Bulletin of the Pasteur Institute of Southern India, Coonoor - No. 3.
Year: 1910
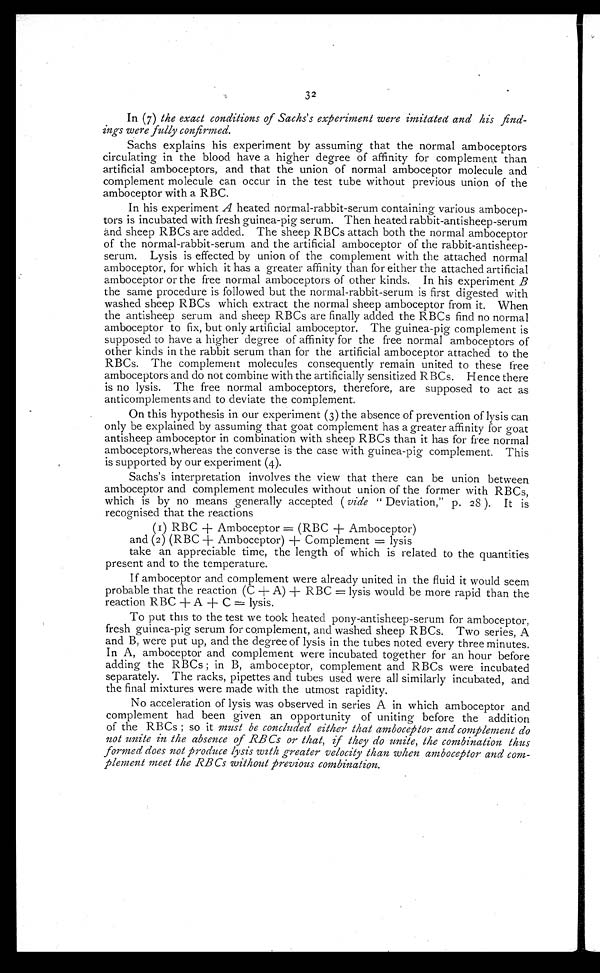
3 2
In (7) Me exact conditions of Sachs's experiment were imitated and his find-
ings were fully confirmed.
Sachs explains his experiment by assuming that the normal amboceptors
circulating in the blood have a higher degree of affinity for complement than
artificial amboceptors, and that the union of normal amboceptor molecule and
complement molecule can occur in the test tube without previous union of the
amboceptor with a RBC.
In his experiment A heated normal-rabbit-serum containing various ambocep-
tors is incubated with fresh guinea-pig serum. Then heated rabbit-antisheep-serum
and sheep RBCs are added. The sheep RBCs attach both the normal amboceptor
of the normal-rabbit-serum and the artificial amboceptor of the rabbit-antisheep-
serum. Lysis is effected by union of the complement with the attached normal
amboceptor, for which it has a greater affinity than for either the attached artificial
amboceptor or the free normal amboceptors of other kinds. In his experiment B
the same procedure is followed but the normal-rabbit-serum is first digested with
washed sheep RBCs which extract the normal sheep amboceptor from it. When
the antisheep serum and sheep RBCs are finally added the RBCs find no normal
amboceptor to fix, but only artificial amboceptor. The guinea-pig complement is
supposed to have a higher degree of affinity for the free normal amboceptors of
other kinds in the rabbit serum than for the artificial amboceptor attached to the
RBCs. The complement molecules consequently remain united to these free
amboceptors and do not combine with the artificially sensitized RBCs. Hence there
is no lysis. The free normal amboceptors, therefore, are supposed to act as
anticomplements and to deviate the complement.
On this hypothesis in our experiment (3) the absence of prevention of lysis can
only be explained by assuming that goat complement has a greater affinity for goat
antisheep amboceptor in combination with sheep RBCs than it has for free normal
amboceptors,whereas the converse is the case with guinea-pig complement. This
is supported by our experiment (4).
Sachs's interpretation involves the view that there can be union between
amboceptor and complement molecules without union of the former with RBCs,
which is by no means generally accepted (vide "Deviation," p. 28 ). It is
recognised that the reactions
(I) RBC
Amboceptor (RBC
Amboceptor)
and (2) (RBC Amboceptor) + Complement = lysis
take an appreciable time, the length of which is related to the quantities
present and to the temperature.
If amboceptor and complement were already united in the fluid it would seem
probable that the reaction (C + A)
RBC lysis would be more rapid than the
reaction RBC A
C lysis.
To put this to the test we took heated pony-antisheep-serum for amboceptor,
fresh guinea-pig serum for complement, and washed sheep RBCs. Two series, A
and B, were put up, and the degree of lysis in the tubes noted every three minutes.
In A, amboceptor and complement were incubated together for an hour before
adding the RBCs ; in B, amboceptor, complement and RBCs were incubated
separately. The racks, pipettes and tubes used were all similarly incubated, and
the final mixtures were made with the utmost rapidity.
No acceleration of lysis was observed in series A in which amboceptor and
complement had been given an opportunity of uniting before the addition
of the RBCs ; so it must be concluded either that amboceptor and complement do
not unite in Me absence of RBCs or that, if they do unite, Me combination thus
formed does not produce lysis with greater velocity Man wizen amboceptor and com-
plement meet the RB Cs 'without previous combination.